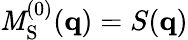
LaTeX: \mathit{M}_{\mathrm{{S}}}^{(0)}(\mathbf{{q}})=S(\mathbf{{q}})